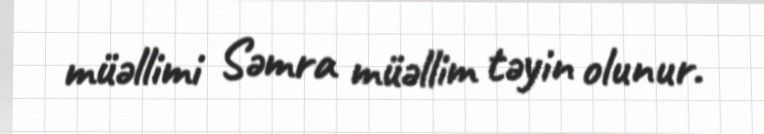
müəllimi Səmra müəllim təyin olunur.